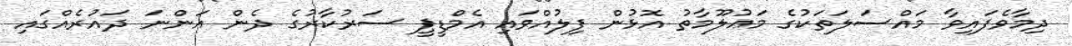
ދިމާވެފައިވާ މައްސަލަތަކުގެ މަޢުލޫމާތު އޮޅުން ފިލުއްވައި އެމްޑީޕީ ސަރުކާރުގެ ދެން އަންނަ ދައުރެއްގައި